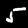
Digit: 5